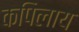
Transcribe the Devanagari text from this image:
कपिलाय